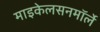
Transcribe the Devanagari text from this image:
माइकेलसनमॉर्ले